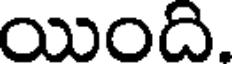
యింది.